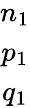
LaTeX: \begin{array}{c}{n_{1}}\\ {p_{1}}\\ {q_{1}}\end{array}